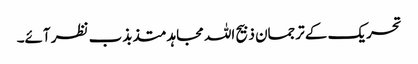
تحریک کے ترجمان ذبیح اللہ مجاہد متذبذب نظر آئے۔